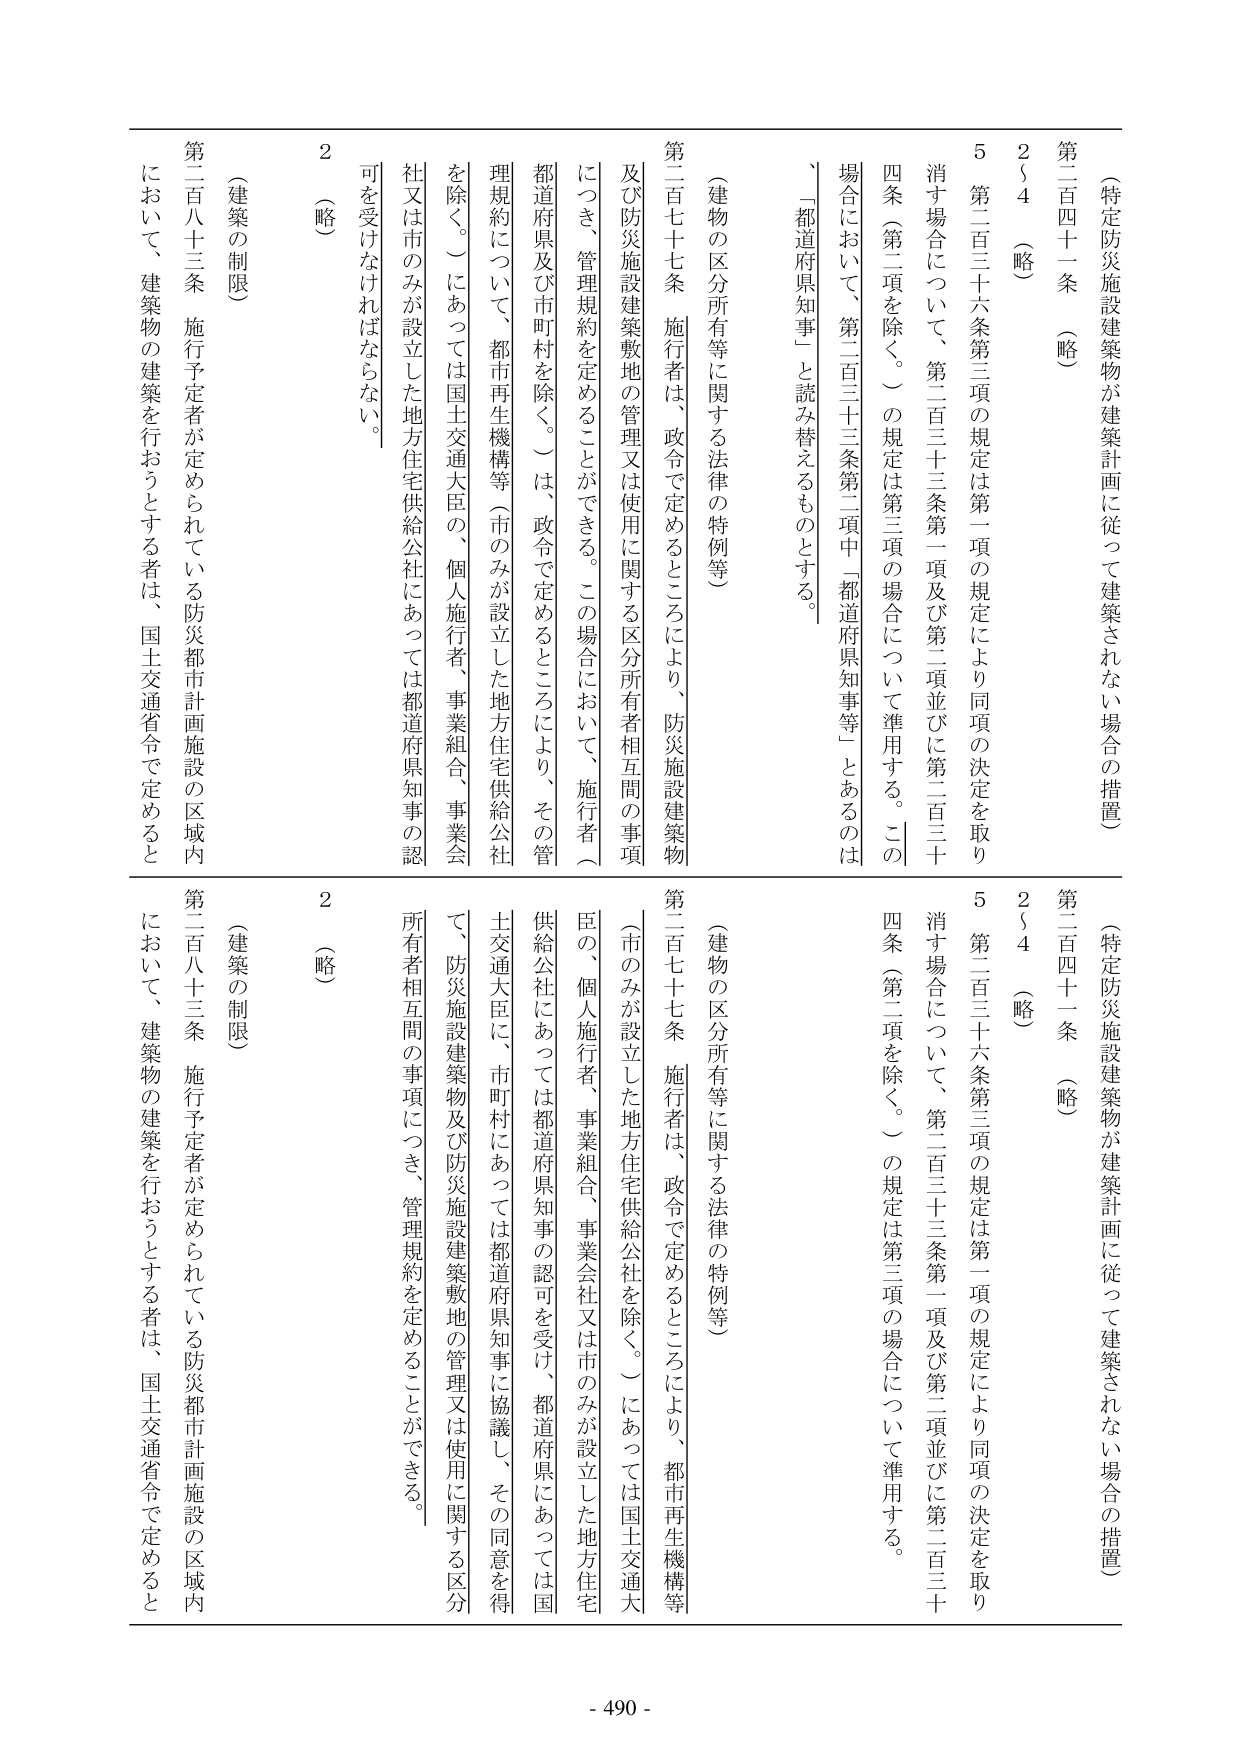
（特定防災施設建築物が建築計画に従って建築されない場合の措置）
第二百四十一条 （略）
２～４ （略）
５ 第二百三十六条第三項の規定は第一項の規定により同項の決定を取り消す場合について、第二百三十三条第一項及び第二項並びに第二百三十四条（第二項を除く。）の規定は第三項の場合について準用する。この場合において、第二百三十三条第二項中「都道府県知事等」とあるのは、「都道府県知事」と読み替えるものとする。

（建物の区分所有等に関する法律の特例等）
第二百七十七条 施行者は、政令で定めるところにより、防災施設建築物及び防災施設建築敷地の管理又は使用に関する区分所有者相互間の事項につき、管理規約を定めることができる。この場合において、施行者（都道府県及び市町村を除く。）は、政令で定めるところにより、その管理規約について、都市再生機構等（市のみが設立した地方住宅供給公社を除く。）にあっては国土交通大臣の、個人施行者、事業組合、事業会社又は市のみが設立した地方住宅供給公社にあっては都道府県知事の認可を受けなければならない。

（略）
２
（建築の制限）
第二百八十三条 施行予定者が定められている防災都市計画施設の区域内において、建築物の建築を行おうとする者は、国土交通省令で定めると

（特定防災施設建築物が建築計画に従って建築されない場合の措置）
第二百四十一条 （略）
２～４ （略）
５ 第二百三十六条第三項の規定は第一項の規定により同項の決定を取り消す場合について、第二百三十三条第一項及び第二項並びに第二百三十四条（第二項を除く。）の規定は第三項の場合について準用する。

（建物の区分所有等に関する法律の特例等）
第二百七十七条 施行者は、政令で定めるところにより、都市再生機構等（市のみが設立した地方住宅供給公社を除く。）にあっては国土交通大臣の、個人施行者、事業組合、事業会社又は市のみが設立した地方住宅供給公社にあっては都道府県知事の認可を受け、都道府県にあっては国土交通大臣に、市町村にあっては都道府県知事に協議し、その同意を得て、防災施設建築物及び防災施設建築敷地の管理又は使用に関する区分所有者相互間の事項につき、管理規約を定めることができる。

（略）
２
（建築の制限）
第二百八十三条 施行予定者が定められている防災都市計画施設の区域内において、建築物の建築を行おうとする者は、国土交通省令で定めると

- 490 -